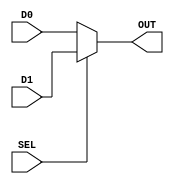
module mux_2to1 (input SEL, D0, D1, output reg OUT);

    always @(SEL or D0 or D1) begin

        if (SEL)
            OUT = D1;
        else
            OUT = D0;
        
    end
    
endmodule